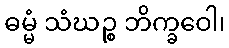
ဓမ္မံ သံဃဉ္စ ဘိက္ခဝေါ၊